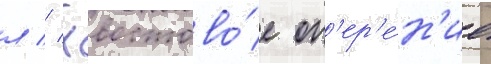
л // Хвостово́е оп'ер'е́н'ие